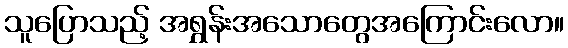
သူပြောသည့် အရွှန်းအသောတွေအကြောင်းလော။